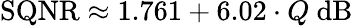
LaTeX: \mathrm{SQNR}\approx 1.761+6.02\cdot Q\ \mathrm{dB}\,